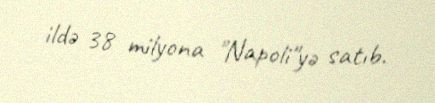
ildə 38 milyona "Napoli"yə satıb.